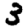
Digit: 3